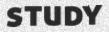
STUDY